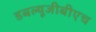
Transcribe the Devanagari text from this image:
डबल्यूजीबीएच